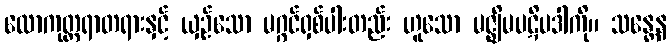
လောကုတ္တရာတရားနှင့် ယှဉ်သော မဂ္ဂင်ရှစ်ပါးတည်း ဟူသော မဇ္ဈိမပဋိပဒါကို။ သန္တေန